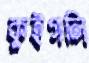
কুইগলি